Vaccination in Burma 1920-1933 - 1920-1933
Year: 1920
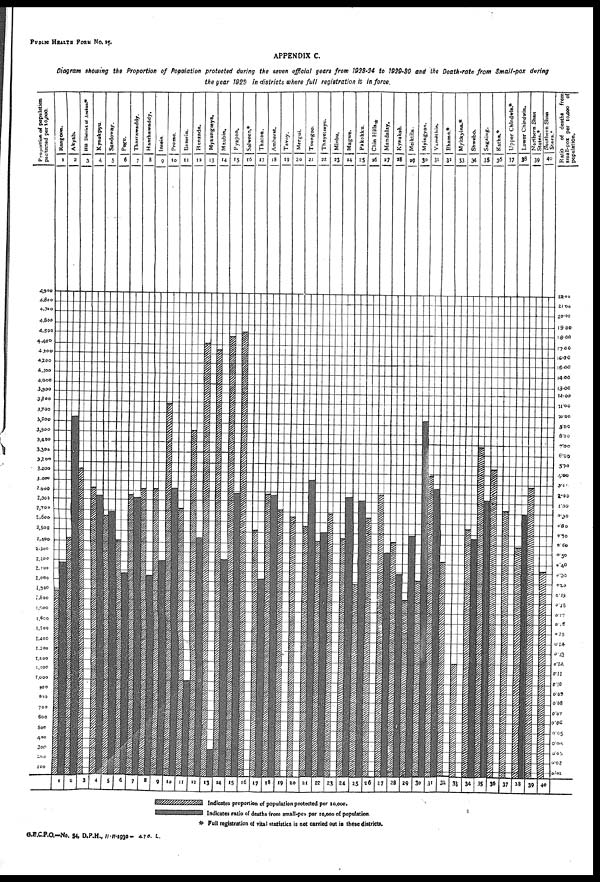
PUBLIC HEALTH FORM No. 25.
APPENDIX C.
Diagram showing the Proportion of Population protected during the seven official years from 1923-24 to 1929-30 and the Death-rate from Small-pox during
the year 1929 in districts where full registration is in force.
6
G.B.C.P.O.—No. 54, D.P.H., 11-11-1930— 470- L.